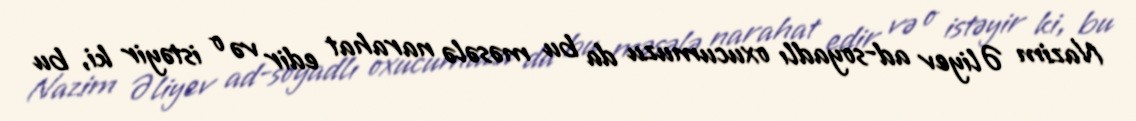
Nazim Əliyev ad-soyadlı oxucumuzu da bu məsələ narahat edir və o istəyir ki, bu